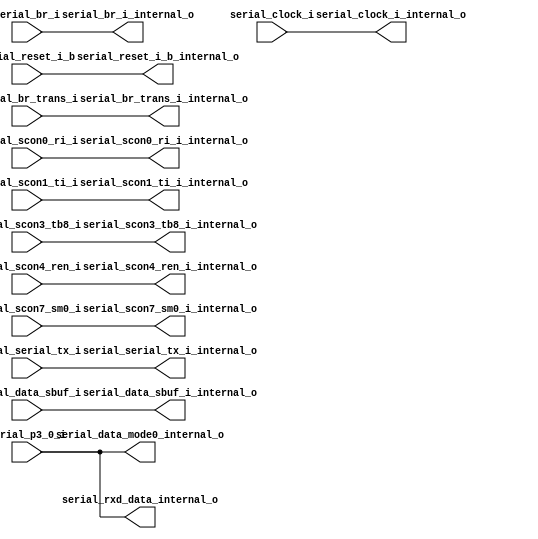
// -------------------------------------------------------------------
// CI Brasil - CT2 Campinas
// Phase II Project
// EMC08 - 8 Bit Microcontroller for Automotive Engine Application
// -------------------------------------------------------------------
// Module Name: serial
// -------------------------------------------------------------------
// Release History
// Version Date Description
// 1.0 31/08/2010 Initial version
// 2.0 08/09/2010 Connections fixed
// 2.1 10/09/2010 Standard signal names
// -------------------------------------------------------------------
// Description
// Implements the serial logic inputs to top of serial block
// -------------------------------------------------------------------/


module serial_inputs_logic_control (
                                    serial_clock_i,
                                    serial_reset_i_b,
                                    serial_br_i,
                                    serial_br_trans_i,
                                    serial_scon0_ri_i,
                                    serial_scon1_ti_i,
                                    serial_scon3_tb8_i,
                                    serial_scon4_ren_i,
                                    serial_scon7_sm0_i,
                                    serial_serial_tx_i,
                                    serial_data_sbuf_i,
                                    serial_p3_0_i,
                                    
                                    serial_clock_i_internal_o,
                                    serial_reset_i_b_internal_o,
                                    serial_br_i_internal_o,
                                    serial_br_trans_i_internal_o,
                                    serial_scon0_ri_i_internal_o,
                                    serial_scon1_ti_i_internal_o,
                                    serial_scon3_tb8_i_internal_o,
                                    serial_scon4_ren_i_internal_o,
                                    serial_scon7_sm0_i_internal_o,
                                    serial_serial_tx_i_internal_o,
                                    serial_data_sbuf_i_internal_o,
                                    serial_rxd_data_internal_o,
                                    serial_data_mode0_internal_o
                                   ); 

//////////  Inputs and outputs /////////////
input serial_clock_i;
input serial_reset_i_b;
input serial_br_i;
input serial_br_trans_i;
input serial_scon0_ri_i;
input serial_scon1_ti_i;
input serial_scon3_tb8_i;
input serial_scon4_ren_i;
input serial_scon7_sm0_i;
input serial_serial_tx_i;
input [7:0]serial_data_sbuf_i;
input serial_p3_0_i;       // data from port 3.0

output serial_clock_i_internal_o;
output serial_reset_i_b_internal_o;
output serial_br_i_internal_o;
output serial_br_trans_i_internal_o;
output serial_scon0_ri_i_internal_o;
output serial_scon1_ti_i_internal_o;
output serial_scon3_tb8_i_internal_o;
output serial_scon4_ren_i_internal_o;
output serial_scon7_sm0_i_internal_o;
output serial_serial_tx_i_internal_o;
output [7:0]serial_data_sbuf_i_internal_o;
output serial_rxd_data_internal_o;
output serial_data_mode0_internal_o;

/////// Connectcions betwenn external inputs and internal signals ///

assign serial_clock_i_internal_o      = serial_clock_i;
assign serial_reset_i_b_internal_o      = serial_reset_i_b;
assign serial_br_i_internal_o         = serial_br_i;
assign serial_br_trans_i_internal_o   = serial_br_trans_i;
assign serial_scon0_ri_i_internal_o = serial_scon0_ri_i;
assign serial_scon1_ti_i_internal_o = serial_scon1_ti_i;
assign serial_scon3_tb8_i_internal_o  = serial_scon3_tb8_i;
assign serial_scon4_ren_i_internal_o  = serial_scon4_ren_i;
assign serial_scon7_sm0_i_internal_o = serial_scon7_sm0_i;
assign serial_serial_tx_i_internal_o  = serial_serial_tx_i;
assign serial_data_sbuf_i_internal_o  = serial_data_sbuf_i;
assign serial_rxd_data_internal_o   = serial_p3_0_i;
assign serial_data_mode0_internal_o = serial_p3_0_i;



endmodule